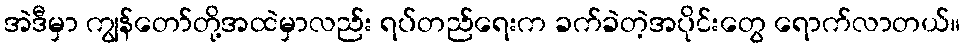
အဲဒီမှာ ကျွန်တော်တို့အထဲမှာလည်း ရပ်တည်ရေးက ခက်ခဲတဲ့အပိုင်းတွေ ရောက်လာတယ်။